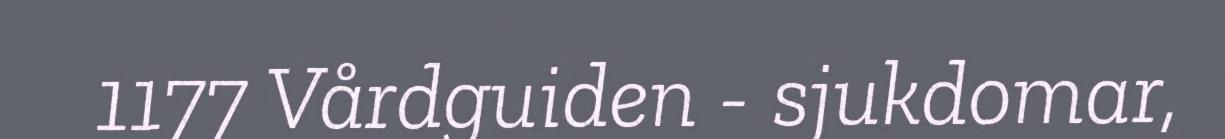
1177 Vårdguiden - sjukdomar,